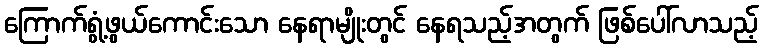
ကြောက်ရွံ့ဖွယ်ကောင်းသော နေရာမျိုးတွင် နေရသည့်အတွက် ဖြစ်ပေါ်လာသည့်